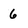
Character: 6